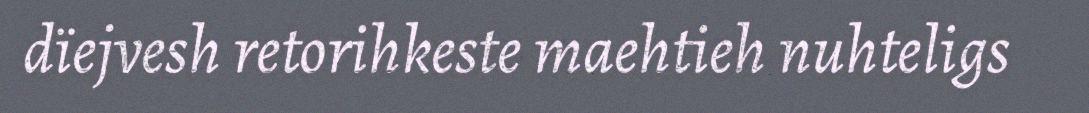
dïejvesh retorihkeste maehtieh nuhteligs